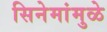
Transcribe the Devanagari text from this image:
सिनेमांमुळे